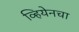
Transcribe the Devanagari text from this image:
व्हियेनचा